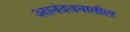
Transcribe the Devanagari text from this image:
आनंदवनातील